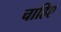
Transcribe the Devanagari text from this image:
चाहिए